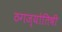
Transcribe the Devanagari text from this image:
ठगज्योतिषी